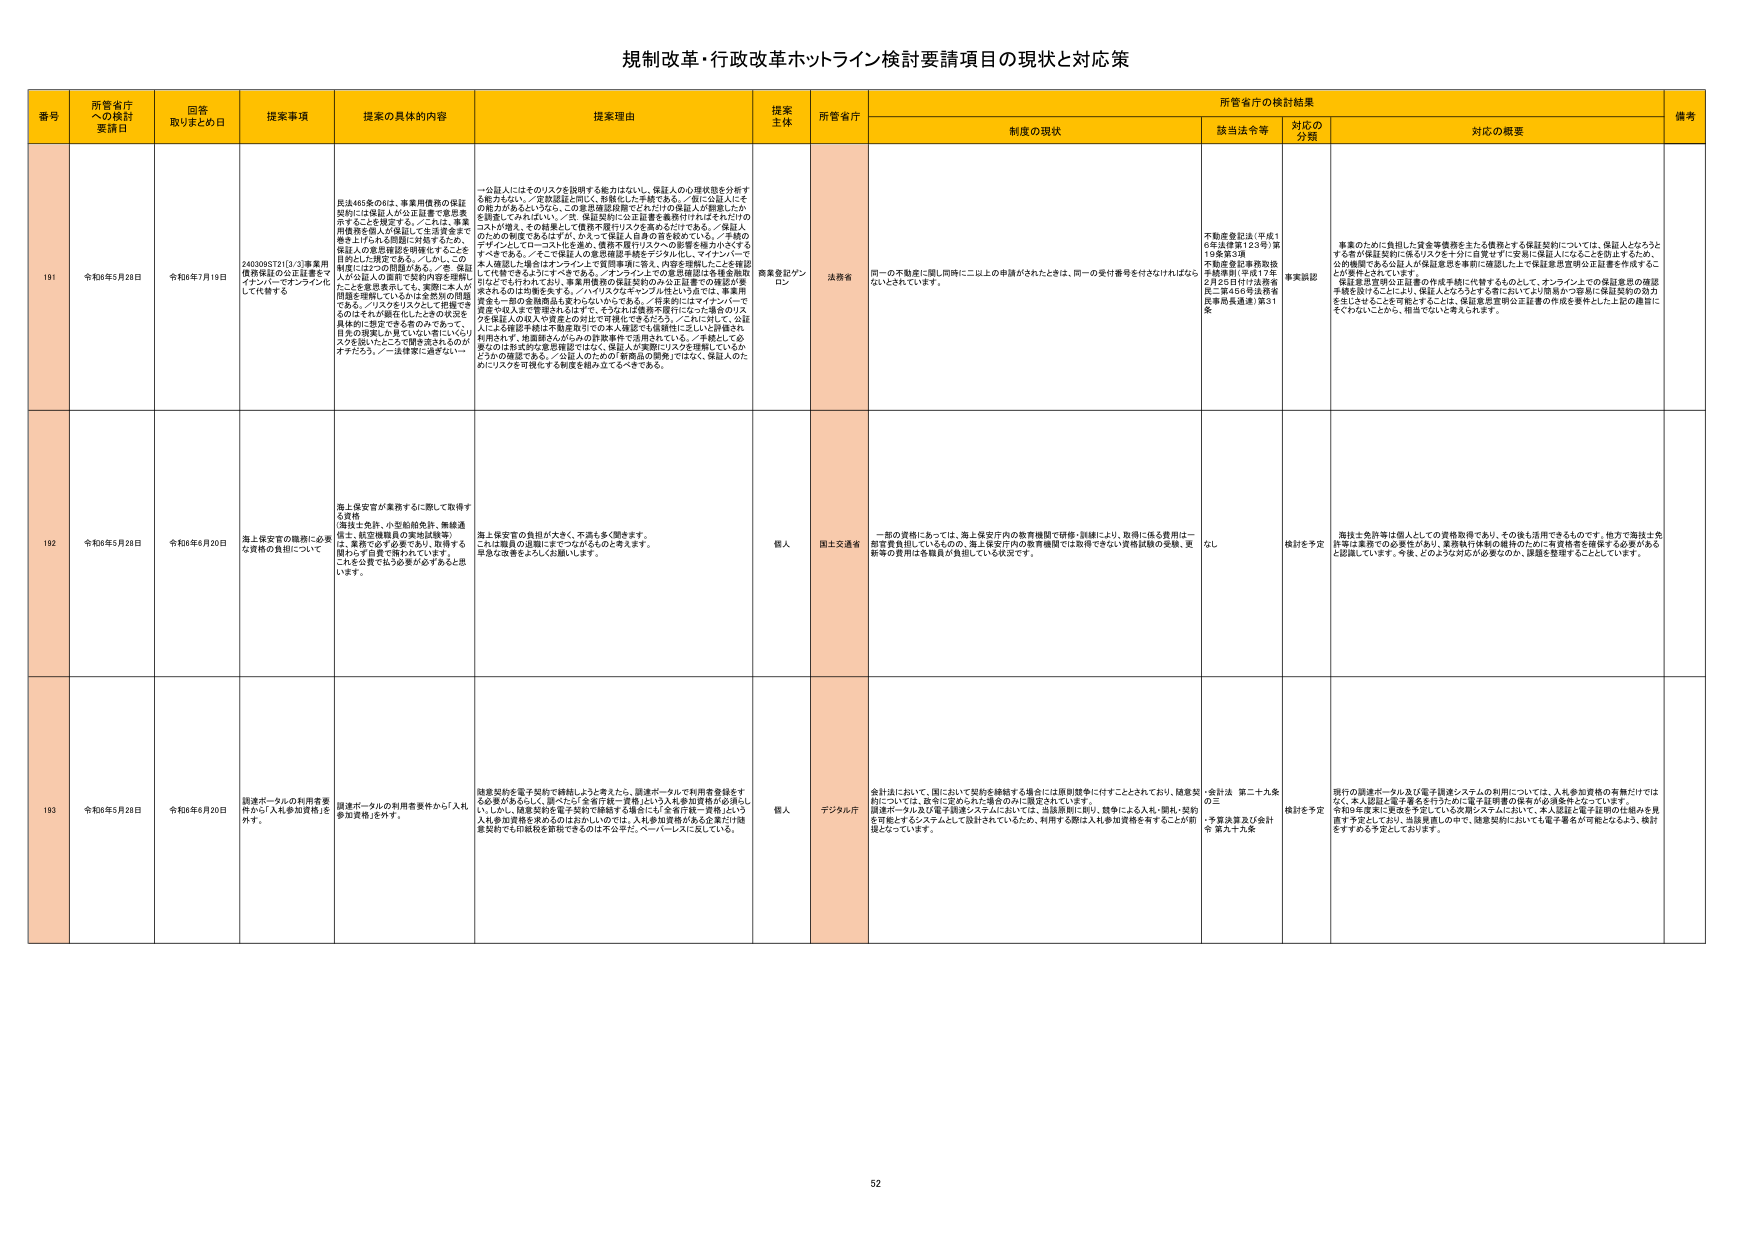
規制改革・行政改革ホットライン検討要請項目の現状と対応策

番号 所管省庁への検討要請日 回答取りまとめ日 提案事項 提案の具体的内容 提案理由 提案主体 所管省庁 所管省庁の検討結果 備考
制度の現状 該当法令等 対応の分類 対応の概要

191 令和6年5月28日 令和6年7月19日 240309ST21(3/3)事業用債務保証の公正証書をイクシットでオンライン化して代替する 民法465条の6は、事業用債務の保証契約には保証人が公正証書で意思表示することを規定する。／これは、事業用債務を個人が保証して生活費全額を巻き上げられる問題に対処するため、保証人の意思確認を強制することを目的とした規定である。／しかし、この制度には2つの問題がある。／① 保証人が公正証書で契約内容を理解したことを意思表示しても、実際には本人が問題を理解しているかは全然別の問題である。／リスクをリスクとして把握できるのはそれが発生したときの状況と具体的に想定できる場合のみであって、日常の現実においてはいわじいなリスクを抱いたところで関与されるのがオチだろう。／→法律家に過ぎない一 一公民人にそのリスクを説明する能力はない。保証人の心理状態を分析する能力もない。／登録認証と同じく、形骸化した手続きである。／仮に公民人にその能力があるといえども、この意思確認段階でどれだけの保証人が軽視したかを想像してみればいい。／② 保証契約に公正証書を義務付けられておそれだけのコストが増大、その結果として債務不履行リスクが高まるだけである。／保証人だけの制度であるはずが、かえって保証人自身の首を絞めている。／手続のデザインとしてローコスト化を進め、債務不履行リスクへの影響を極力小さくするすべきである。／そこで保証人の意思確認手続をデジタル化し、マイナンバーで本人確認した場合はオンライン上で意思確認に答え、内容を理解したことを確認して代替できるようにすべきである。／オンライン上の意思確認は各種金融取引などでも行われており、事業用債務の保証契約のみ公正証書での確認が要求されるのは均衡を失う。／バイパスクセキュリティ性という点では、事業用資金も一部の金融商品と変わりないからである。／将来的にはマイナンバーで資産や収入まで管理されるはずで、そうなるには債務不履行になった場合のリスクを保証人の収入や資産との対比で評価してきるだろう。／これに対して、公民人による確認手続は不動産取引での本人確認でも信頼性に乏しいと評価され利用されず、他国諸々からみたの許容条件で活用されている。／手続として必要なのは形式的な意思確認ではなく、保証人が実際にリスクを理解しているかどうかの確認である。／公民人のための「新商品の開発」ではなく、保証人のためにリスクを可視化する制度を組み立てるべきである。 商業登記オンライン 法務省 同一の不動産に関し同時に二以上の申請がされたときは、同一の受付番号を付与なければならないとされています。 不動産登記法（平成16年法律第123号）第19条第3項 不動産登記事務取扱手続要領（平成17年2月25日付け法務省民二第456号法務省民事局長通達）第31条 事業訴訟 事業のために負担した賃金等債務を主たる債務とする保証契約については、保証人とうちとすら者が保証契約に係るリスクを十分に自覚せずに更新に保証人になることを防止するため、公的機関である公民人が保証意思を事前に確認した上で保証意思証明公正証書を作成するこ とが要件とされています。 保証意思証明公正証書の作成手続に代替するものとして、オンラインでの保証意思の確認手続を設けることにより、保証人とうちとすら者においてより簡易かつ容易に保証契約の効力を生じさせることを可能とすることは、保証意思証明公正証書の作成を要件とした上記の趣旨にそぐわないことから、相当でないと考えられます。

192 令和6年5月28日 令和6年6月20日 海上保安官の職務に必要な資格の負担について 海上保安官が業務するに際して取得する資格（潜士士免許、小型船舶免許、無線通信士、航空機職員の実地試験等）は、業務に必ず必要であり、取得する際はわずかに費用が掛かります。これは公費で払う必要があると思います。 海上保安官の負担が大きく、不満も多く聞きます。これは職員の退職にまでつながるものをとります。早急な改善をよろしくお願いします。 個人 国土交通省 一部の資格にあっては、海上保安庁内の教育機関で研修・訓練により、取得に係る費用は一部官費負担しているものの、海上保安庁内の教育機関では取得できない資格試験の受験、更新等の費用は各職員が負担している状況です。 なし 検討を予定 海技士免許等は個人としての資格取得であり、その後も活用できるものですが、他方で海技士免許等は業務での必要性があり、業務執行体制の維持のために有資格者を確保する必要があると認識しています。今後、どのような対応が必要なのか、課題を整理することとしています。

193 令和6年5月28日 令和6年6月20日 調達ポータルの利用要条件の「入札参加資格」を外す。 調達ポータルの利用要条件から「入札参加資格」を外す。 競争契約を電子契約で締結しようときたら、調達ポータルで利用者登録をする必要があるが、調べたら「全省庁統一資格」という入札参加資格が必要にし ている。競争契約を電子契約で締結する場合に「全省庁統一資格」という入札参加資格を求めるのはおかしいのでは。入札参加資格がある企業だけが競争契約でも印紙税を節税できるのは不公平だ。ペーパーレスに反している。 個人 デジタル庁 会計法において、国において契約を締結する場合には原則競争に付すこととされており、随意契約については、政令に定められた場合のみに限定されています。 調達ポータル及び電子調達システムにおいては、当該原則に則り、競争による入札・開札・契約を可能とするシステムとして設計されているため、利用する際は入札参加資格を有することが前提となっています。 ・会計法 第二十九条の三 ・予算決算及び会計令 第九十九条 検討を予定 現行の調達ポータル及び電子調達システムの利用については、入札参加資格の有無だけではなく、本人認証と電子署名を行うために電子証明書の保有が必須条件となっています。 令和6年度末に更新を予定している次期システムにおいては、本人認証と電子証明の仕組みを再整備する予定としており、当該要請にのせて、随意契約においても電子署名が可能となるよう、検討をすすめる予定としております。

52